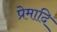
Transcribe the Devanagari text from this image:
प्रेमादि